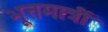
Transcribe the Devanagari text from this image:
भूतमात्रीं